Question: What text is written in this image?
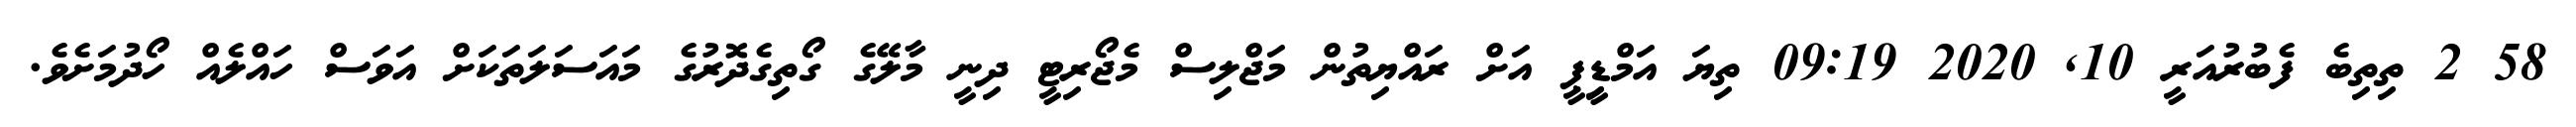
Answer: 58 2 ތިތިބެ ފެބުރުއަރީ 10, 2020 09:19 ތިޔަ އަމްޑިީޕީ އަށް ރައްޔިތުން މަޖްލިސް މެޖޯރިޓީ ދިނީ މާލޭގެ ގޯތިގެދޮރުގެ މައަސަލަތަކަށް އަވަސް ހައްލެއް ހޯދުމަށެވެ.